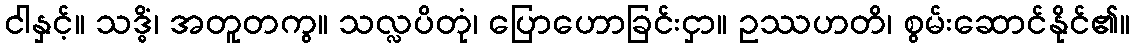
ငါနှင့်။ သဒ္ဓိံ၊ အတူတကွ။ သလ္လပိတုံ၊ ပြောဟောခြင်းငှာ။ ဥဿဟတိ၊ စွမ်းဆောင်နိုင်၏။